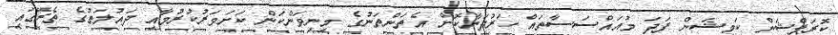
ކޮރަޕްޝަން ކަމިޝަން ފަދަ މުއައްސަސާތައް ހަރުދަނާކޮށް އެތަންތަނުގެ މިނިވަންކަން ކަށަވަރުކުރުމާއި ދައުލަތުގެ ތެރޭގައި